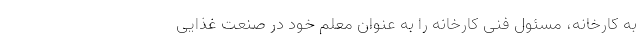
به کارخانه، مسئول فنی کارخانه را به عنوان معلم خود در صنعت غذایی